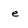
Character: e